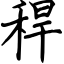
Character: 稈